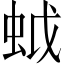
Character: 𧊎